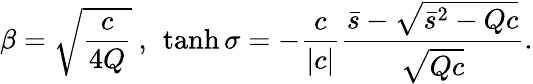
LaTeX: \beta=\sqrt{\frac{c}{4Q}}\ ,\ \operatorname{tanh}\sigma=-\frac{c}{|c|}\frac{\bar{s}-\sqrt{\bar{s}^{2}-Qc}}{\sqrt{Qc}}.